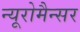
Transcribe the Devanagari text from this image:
न्यूरोमैन्सर